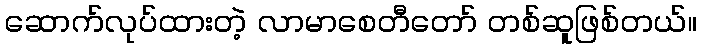
ဆောက်လုပ်ထားတဲ့ လာမာစေတီတော် တစ်ဆူဖြစ်တယ်။